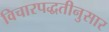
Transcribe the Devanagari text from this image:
विचारपद्धतीनुसार